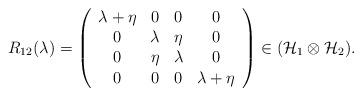
LaTeX: \begin{align*}R_{12}(\lambda )=\left( \begin{array}{cccc}\lambda +\eta & 0 & 0 & 0 \\ 0 & \lambda & \eta & 0 \\ 0 & \eta & \lambda & 0 \\ 0 & 0 & 0 & \lambda +\eta\end{array}\right) \in (\mathcal{H}_{1}\otimes \mathcal{H}_{2}).\end{align*}